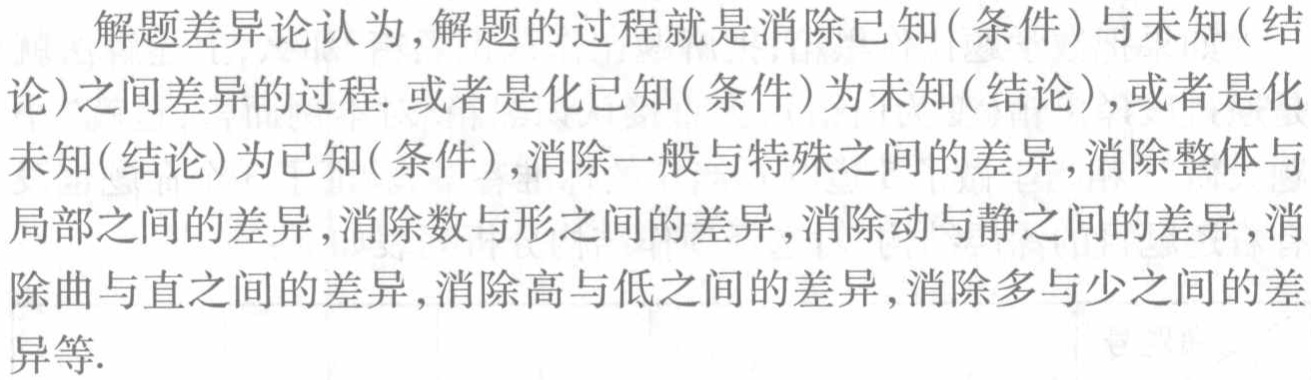
解题差异论认为,解题的过程就是消除已知(条件)与未知(结论)之间差异的过程. 或者是化已知(条件)为未知(结论),或者是化未知(结论)为已知(条件),消除一般与特殊之间的差异,消除整体与局部之间的差异,消除数与形之间的差异,消除动与静之间的差异,消除曲与直之间的差异,消除高与低之间的差异,消除多与少之间的差异等.